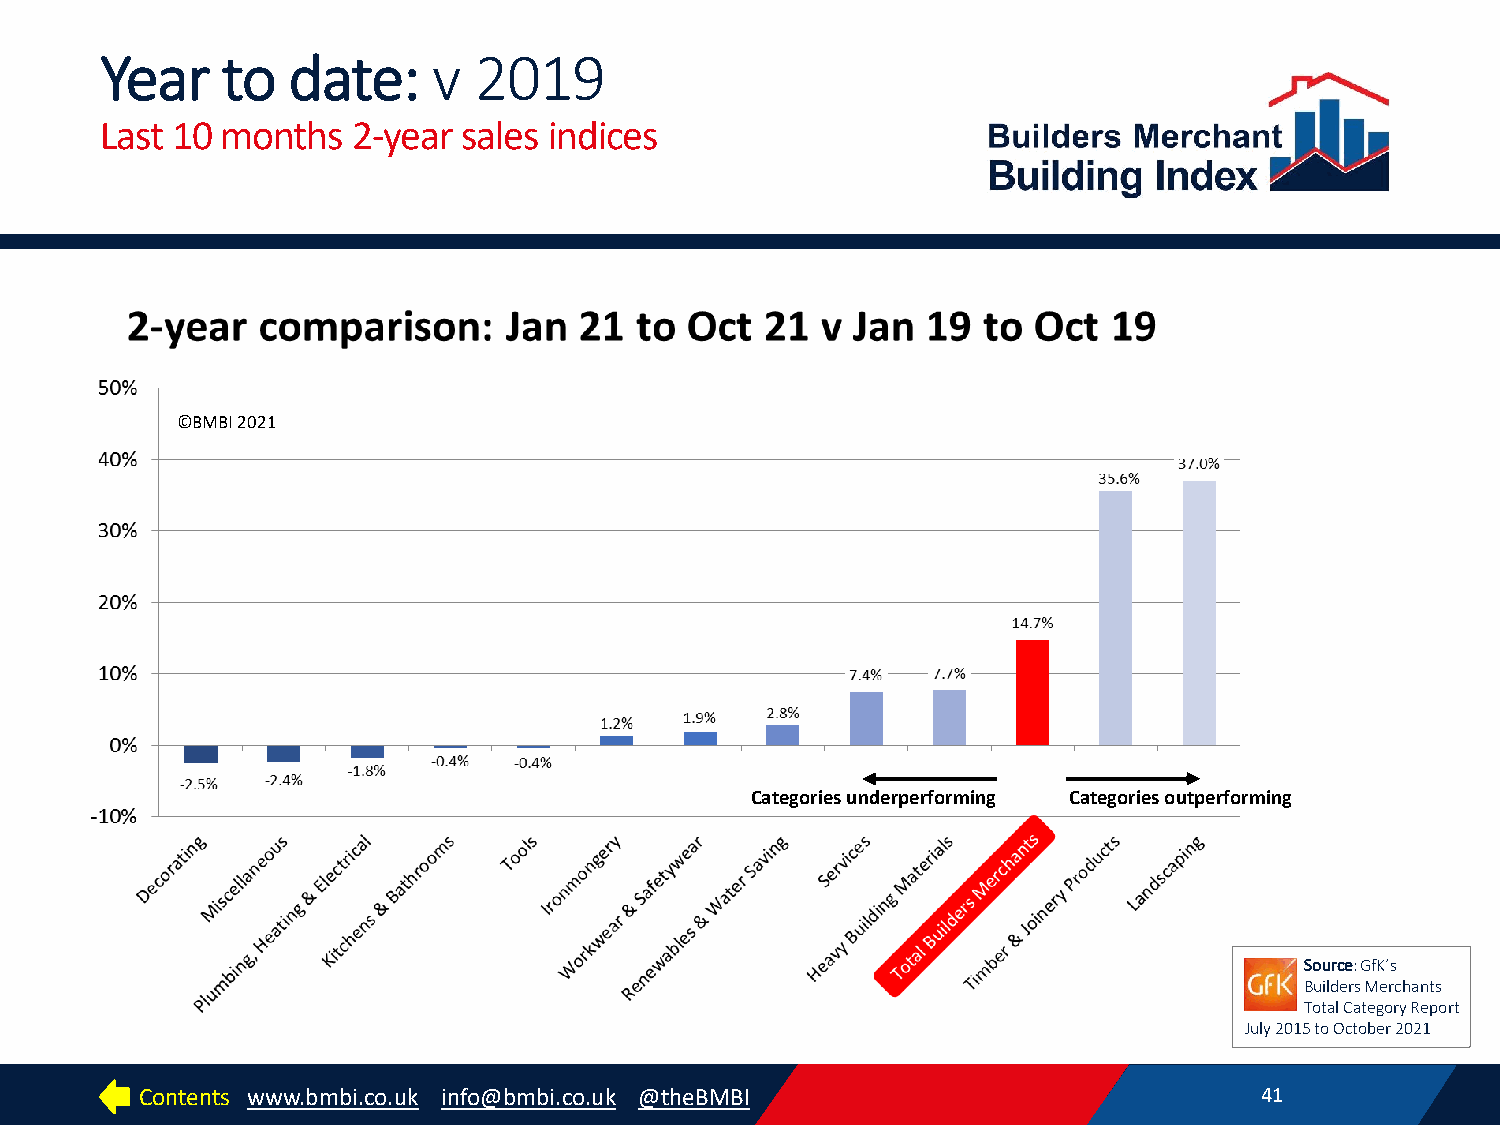
Year    to  date:     v 2019
 Last 10 months  2-year  sales indices
 ©BMBI 2021
 Categories underperforming Categories outperforming
 Source: GfK’s
 Builders Merchants
 Total Category Report
 July 2015 to October 2021
 Contents www.bmbi.co.uk info@bmbi.co.uk @theBMBI                          41